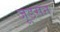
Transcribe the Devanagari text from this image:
जूडसन